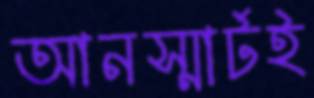
আনস্মার্টই